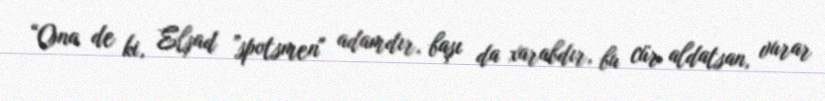
“Ona de ki, Elşad ”spotsmen" adamdır, başı da xarabdır, bu cür aldatsan, vurar